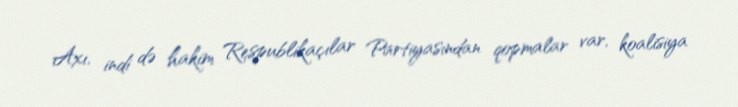
Axı, indi də hakim Respublikaçılar Partiyasından qopmalar var, koalisiya